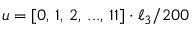
u = [ 0 , \, 1 , \, 2 , \, . . . , \, 1 1 ] \cdot \ell _ { 3 } / 2 0 0